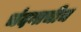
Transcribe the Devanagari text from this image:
चंदनाचीच